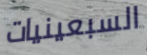
السبعينيات